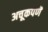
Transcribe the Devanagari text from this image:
अचूकपणॆ